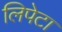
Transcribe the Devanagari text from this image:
लिपेटा